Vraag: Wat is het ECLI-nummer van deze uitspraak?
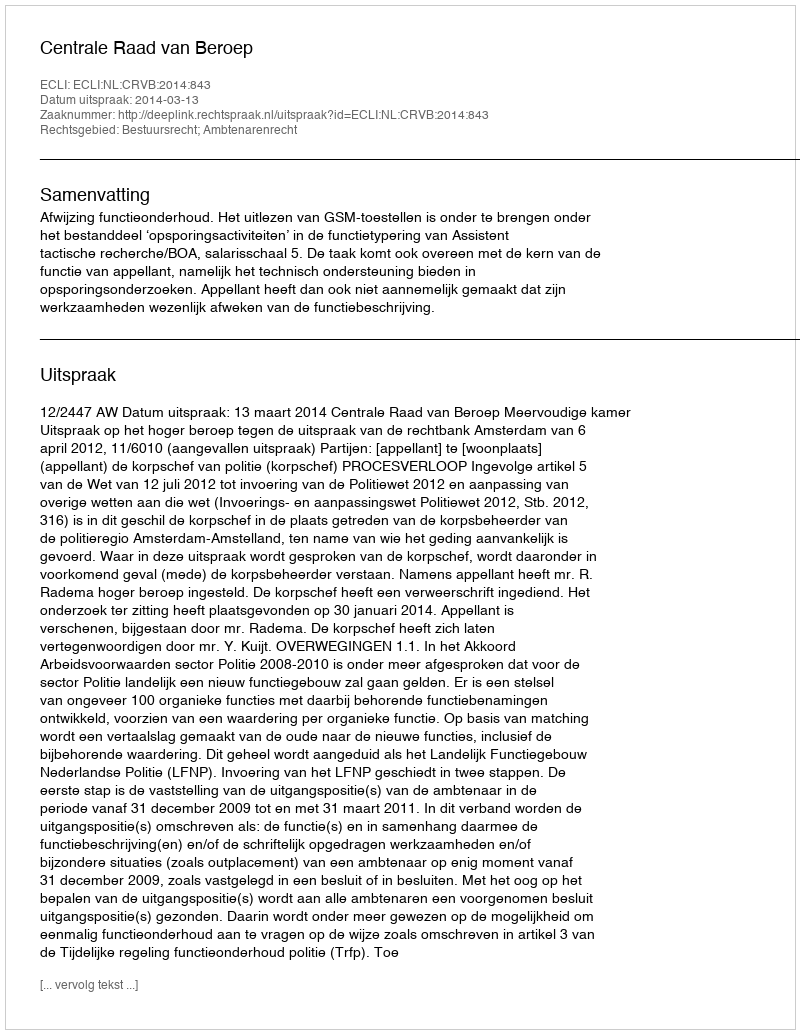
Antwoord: ECLI:NL:CRVB:2014:843